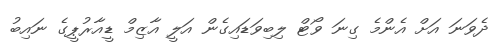
ދެވަނަ އަށް އެންމެ ގިނަ ވޯޓް ލިބިވަޑައިގެން އަލީ އާޒިމް ޑީއާރުޕީގެ ނައިބު